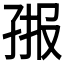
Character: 𭓄